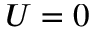
U = 0